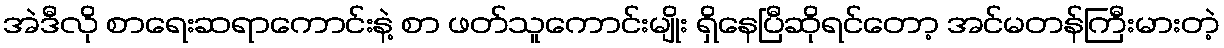
အဲဒီလို စာရေးဆရာကောင်းနဲ့ စာ ဖတ်သူကောင်းမျိုး ရှိနေပြီဆိုရင်တော့ အင်မတန်ကြီးမားတဲ့